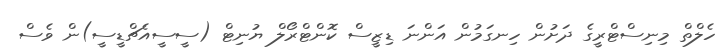
ހެލްތް މިނިސްޓްރީގެ ދަށުން ހިނގަމުން އަންނަ ޑިޒީސް ކޮންޓްރޯލް ޔުނިޓް (ސީސީއެޗްޑީސީ)ން ވެސް